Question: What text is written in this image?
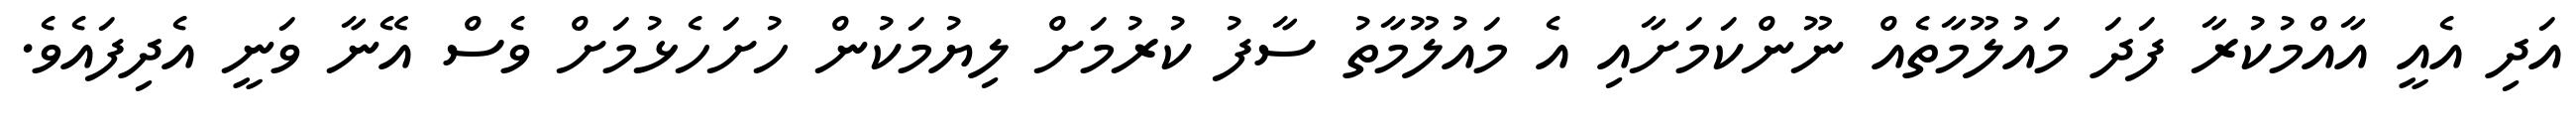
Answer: އަދި އެއީ އާއްމުކުރާ ފަދަ މައުލޫމާތެއް ނޫންކަމަށާއި އެ މައުލޫމާތު ސާފު ކުރުމަށް ލިޔުމަކުން ހުށަހެޅުމަށް ވެސް އޭނާ ވަނީ އެދިފައެވެ.